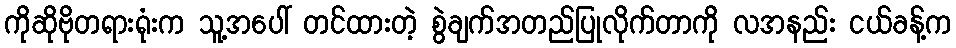
ကိုဆိုဗိုတရားရုံးက သူ့အပေါ် တင်ထားတဲ့ စွဲချက်အတည်ပြုလိုက်တာကို လအနည်း ငယ်ခန့်က